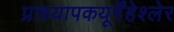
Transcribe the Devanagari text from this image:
प्राध्यापकयूर्गेंहेश्लेर